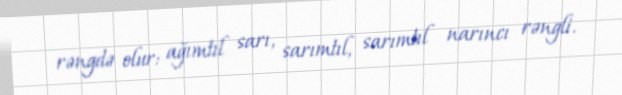
rəngdə olur: ağımtıl sarı, sarımtıl, sarımtıl narıncı rəngli.